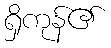
ရှိကုန်၏